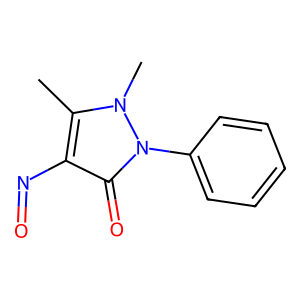
SMILES: Cc1c(N=O)c(=O)n(-c2ccccc2)n1C
Inhibits HIV replication: No